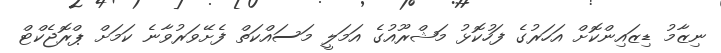
ނިޒާމު ޑިޒައިންކޮށް އަހަރުގެ ފަހުކޮޅު މަޝްރޫއުގެ އަމަލީ މަސައްކަތް ފެށޭވަރުވާނެ ކަމަށް ޕްރޮޖެކްޓް